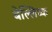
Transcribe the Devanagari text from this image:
बेल्लिच्क